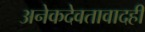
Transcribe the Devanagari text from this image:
अनेकदेवतावादही